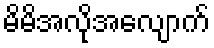
မိမိအလိုအလျောက်